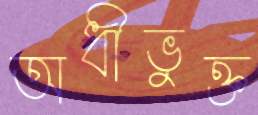
অধীভুক্ত